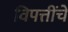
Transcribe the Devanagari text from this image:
विपत्तींचे